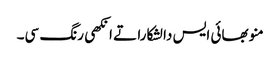
منو بھائی ایس دا لشکارا تے انکھی رنگ سی۔